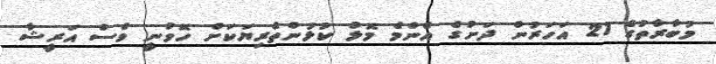
މުބާރާތުގެ 21 އަހަރުން ދަށުގެ އެންމެ މޮޅު ކުޅުންތެރިޔަކަށް ހޮވުނީ ވެސް އަރީޝާ